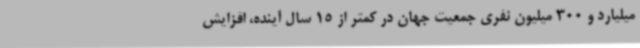
میلیارد و 300 میلیون نفری جمعیت جهان در کمتر از 15 سال آینده، افزایش